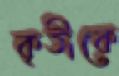
কৃতীকে